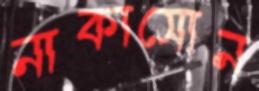
নাকাসোন